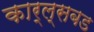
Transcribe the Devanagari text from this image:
कार्ल्सबड